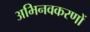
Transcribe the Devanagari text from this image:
अभिनवकरणों